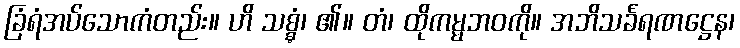
ခြံရံအပ်သောကံတည်း။ ဟိ သစ္စွံ၊ ၏။ တံ၊ ထိုကမ္မဘဝကို။ အဘိသင်္ခရဏဋ္ဌေန၊